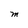
Character: M